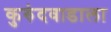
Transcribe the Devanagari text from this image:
कुरुंदवाडाला